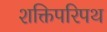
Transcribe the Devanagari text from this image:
शक्तिपरिपथ